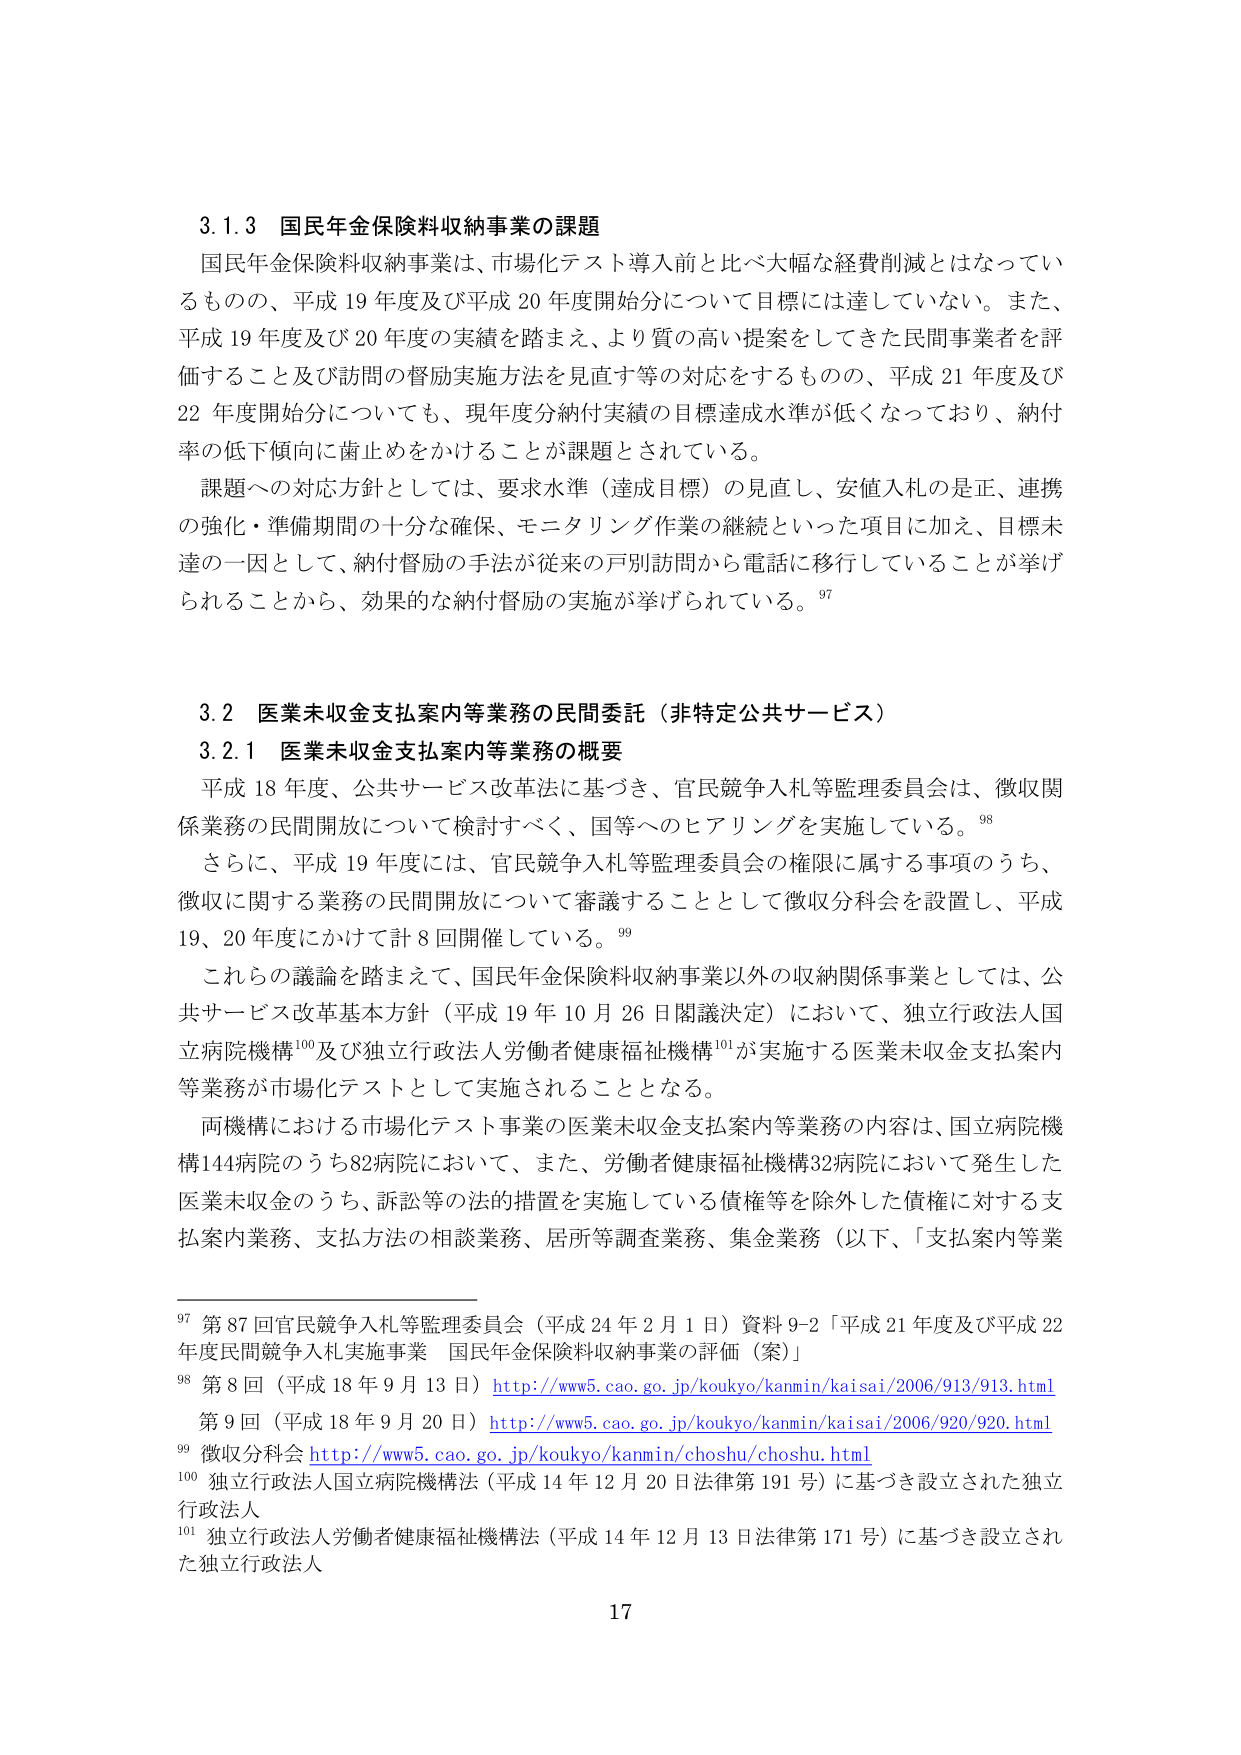
3.1.3 国民年金保険料収納事業の課題
国民年金保険料収納事業は、市場化テスト導入前と比べ大幅な経費削減とはなってい
るものの、平成19年度及び平成20年度開始分について目標には達していない。また、
平成19年度及び20年度の実績を踏まえ、より質の高い提案をしてきた民間事業者を評
価すること及び訪問の督励実施方法を見直す等の対応をするものの、平成21年度及び
22年度開始分についても、現年度分納付実績の目標達成水準が低くなっており、納付
率の低下傾向に歯止めをかけることが課題とされている。
課題への対応方針としては、要求水準（達成目標）の見直し、安値入札の是正、連携
の強化・準備期間の十分な確保、モニタリング作業の継続といった項目に加え、目標未
達の一因として、納付督励の手法が従来の戸別訪問から電話に移行していることが挙げ
られることから、効果的な納付督励の実施が挙げられている。97

3.2 医業未収金支払案内等業務の民間委託（非特定公共サービス）
3.2.1 医業未収金支払案内等業務の概要
平成18年度、公共サービス改革法に基づき、官民競争入札等監理委員会は、徴収関
係業務の民間開放について検討すべく、国等へのヒアリングを実施している。98
さらに、平成19年度には、官民競争入札等監理委員会の権限に属する事項のうち、
徴収に関する業務の民間開放について審議することとして徴収分科会を設置し、平成
19、20年度にかけて計8回開催している。99
これらの議論を踏まえて、国民年金保険料収納事業以外の収納関係事業としては、公
共サービス改革基本方針（平成19年10月26日閣議決定）において、独立行政法人国
立病院機構100及び独立行政法人労働者健康福祉機構101が実施する医業未収金支払案内
等業務が市場化テストとして実施されることとなる。
両機構における市場化テスト事業の医業未収金支払案内等業務の内容は、国立病院機
構144病院のうち82病院において、また、労働者健康福祉機構32病院において発生した
医業未収金のうち、訴訟等の法的措置を実施している債権等を除外した債権に対する支
払案内業務、支払方法の相談業務、居所等調査業務、集金業務（以下、「支払案内等業

97 第87回官民競争入札等監理委員会（平成24年2月1日）資料9-2「平成21年度及び平成22
年度民間競争入札実施事業 国民年金保険料収納事業の評価（案）」
98 第8回（平成18年9月13日）http://www5.cao.go.jp/koukyo/kammin/kaisai/2006/913/913.html
第9回（平成18年9月20日）http://www5.cao.go.jp/koukyo/kammin/kaisai/2006/920/920.html
99 徴収分科会 http://www5.cao.go.jp/koukyo/kammin/choshu/choshu.html
100 独立行政法人国立病院機構法（平成14年12月20日法律第191号）に基づき設立された独立
行政法人
101 独立行政法人労働者健康福祉機構法（平成14年12月13日法律第171号）に基づき設立され
た独立行政法人

17